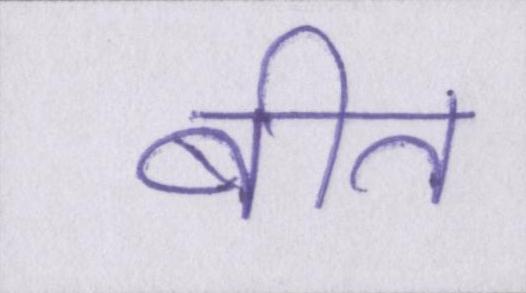
बीत